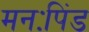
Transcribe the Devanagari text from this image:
मनःपिंड